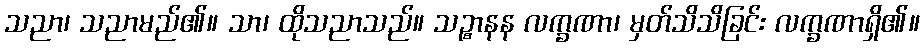
သညာ၊ သညာမည်၏။ သာ၊ ထိုသညာသည်။ သဉ္စာနန လက္ခဏာ၊ မှတ်သိသိခြင်း လက္ခဏာရှိ၏။